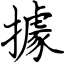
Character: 據